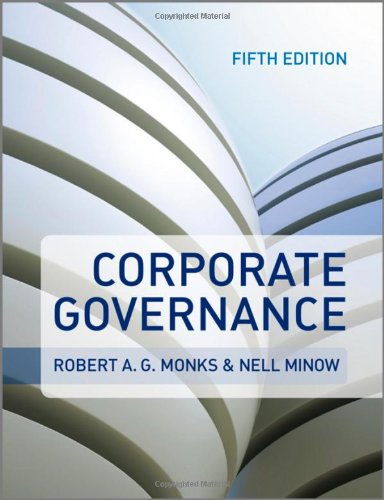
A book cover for Corporate Governance; Robert A. G. Monks; Business & Money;